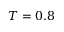
T = 0 . 8